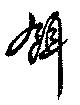
餌